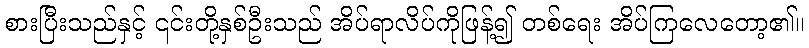
စားပြီးသည်နှင့် ၎င်းတို့နှစ်ဦးသည် အိပ်ရာလိပ်ကိုဖြန့်၍ တစ်ရေး အိပ်ကြလေတော့၏။